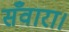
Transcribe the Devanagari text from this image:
सँवारा।